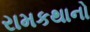
રામકથાનો